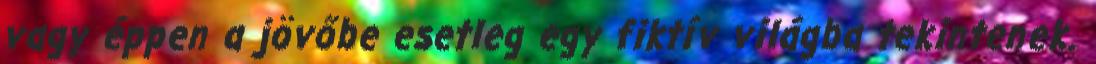
vagy éppen a jövőbe esetleg egy fiktív világba tekintenek.